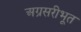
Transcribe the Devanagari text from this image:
अग्रसरीभूत